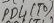
Text: PD4